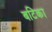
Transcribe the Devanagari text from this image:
बटिका